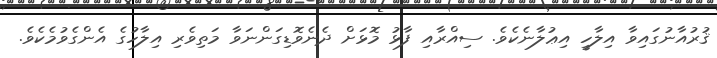
ޤުރުއާނުގައިވާ އިލާހީ އިޢުލާނެކެވެ. ސިއްރާއި ފާޅު މޮޅަށް ދެނެވޮޑިގަންނަވާ މަތިވެރި އިލާހުގެ އެންގެވުމެކެވެ.